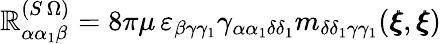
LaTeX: \mathbb{R}_{\alpha\alpha_{1}\beta}^{(S\, \Omega)}=8\pi\mu\, \varepsilon_{\beta\gamma\gamma_{1}}\gamma_{\alpha\alpha_{1}\delta\delta_{1}}m_{\delta\delta_{1}\gamma\gamma_{1}}({\pmb\xi},{\pmb\xi})